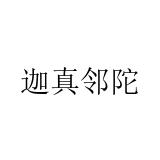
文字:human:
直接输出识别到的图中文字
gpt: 迦真邻陀